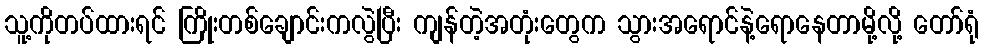
သူ့ကိုတပ်ထားရင် ကြိုးတစ်ချောင်းကလွဲပြီး ကျန်တဲ့အတုံးတွေက သွားအရောင်နဲ့ရောနေတာမို့လို့ တော်ရုံ